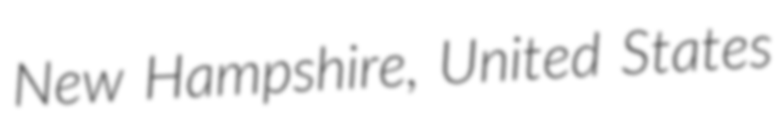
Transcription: New Hampshire, United States